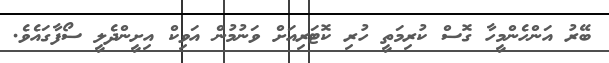
ބޭރު އަންހެންމީހާ ގޮސް ކުރިމަތީ ހުރި ކޮޓަރިއަށް ވަނުމުން އަވިކް އިށީންދެލީ ސޯފާގައެވެ.